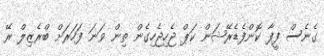
ގެނެސް ފީފާ ކޮންފެޑެރޭޝަން ކަޕް ޖެހިޖެހިގެން ތިން ވަނަ ފަހަރަށް ބްރެޒިލް ރޭ